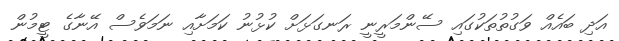
އަދި ބައެއް ވަގުތުތަކުގައި ސޭންމަރީނީ ރަނގަޅަށް ކުޅުނު ކަމަށާއި ނަމަވެސް އޭނާގެ ޓީމުން